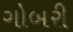
ગોબરી